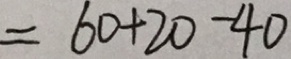
= 6 0 + 2 0 - 4 0